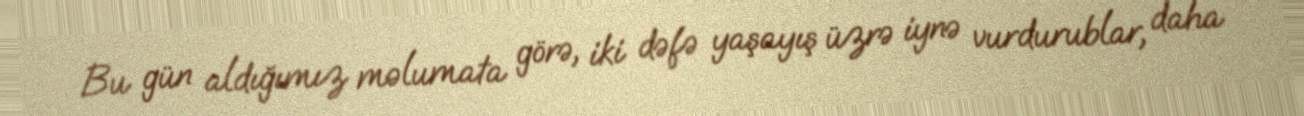
Bu gün aldığımız məlumata görə, iki dəfə yaşayış üzrə iynə vurdurublar, daha